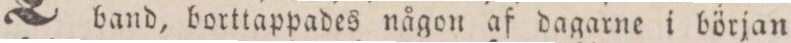
band, borttappades någon af dagarne i början